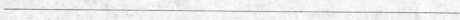
___